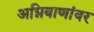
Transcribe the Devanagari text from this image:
अग्निबाणांवर